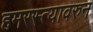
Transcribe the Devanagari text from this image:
हमरस्त्यावरुन